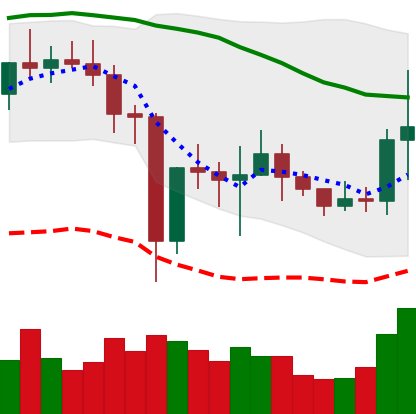
Ticker: NEO-USD
Chart end date: 2021-01-04
Forward return: 30.91%
Label: up_7plus